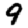
Digit: 9